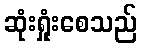
ဆုံးရှုံးစေသည်